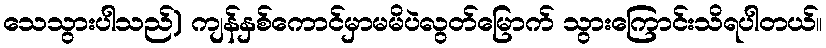
သေသွားပါသည်) ကျန်နှစ်ကောင်မှာမမိပဲလွတ်မြောက် သွားကြောင်းသိရပါတယ်။